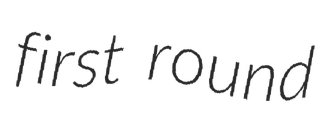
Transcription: first round